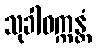
သုခါဝက္ကန္တံ